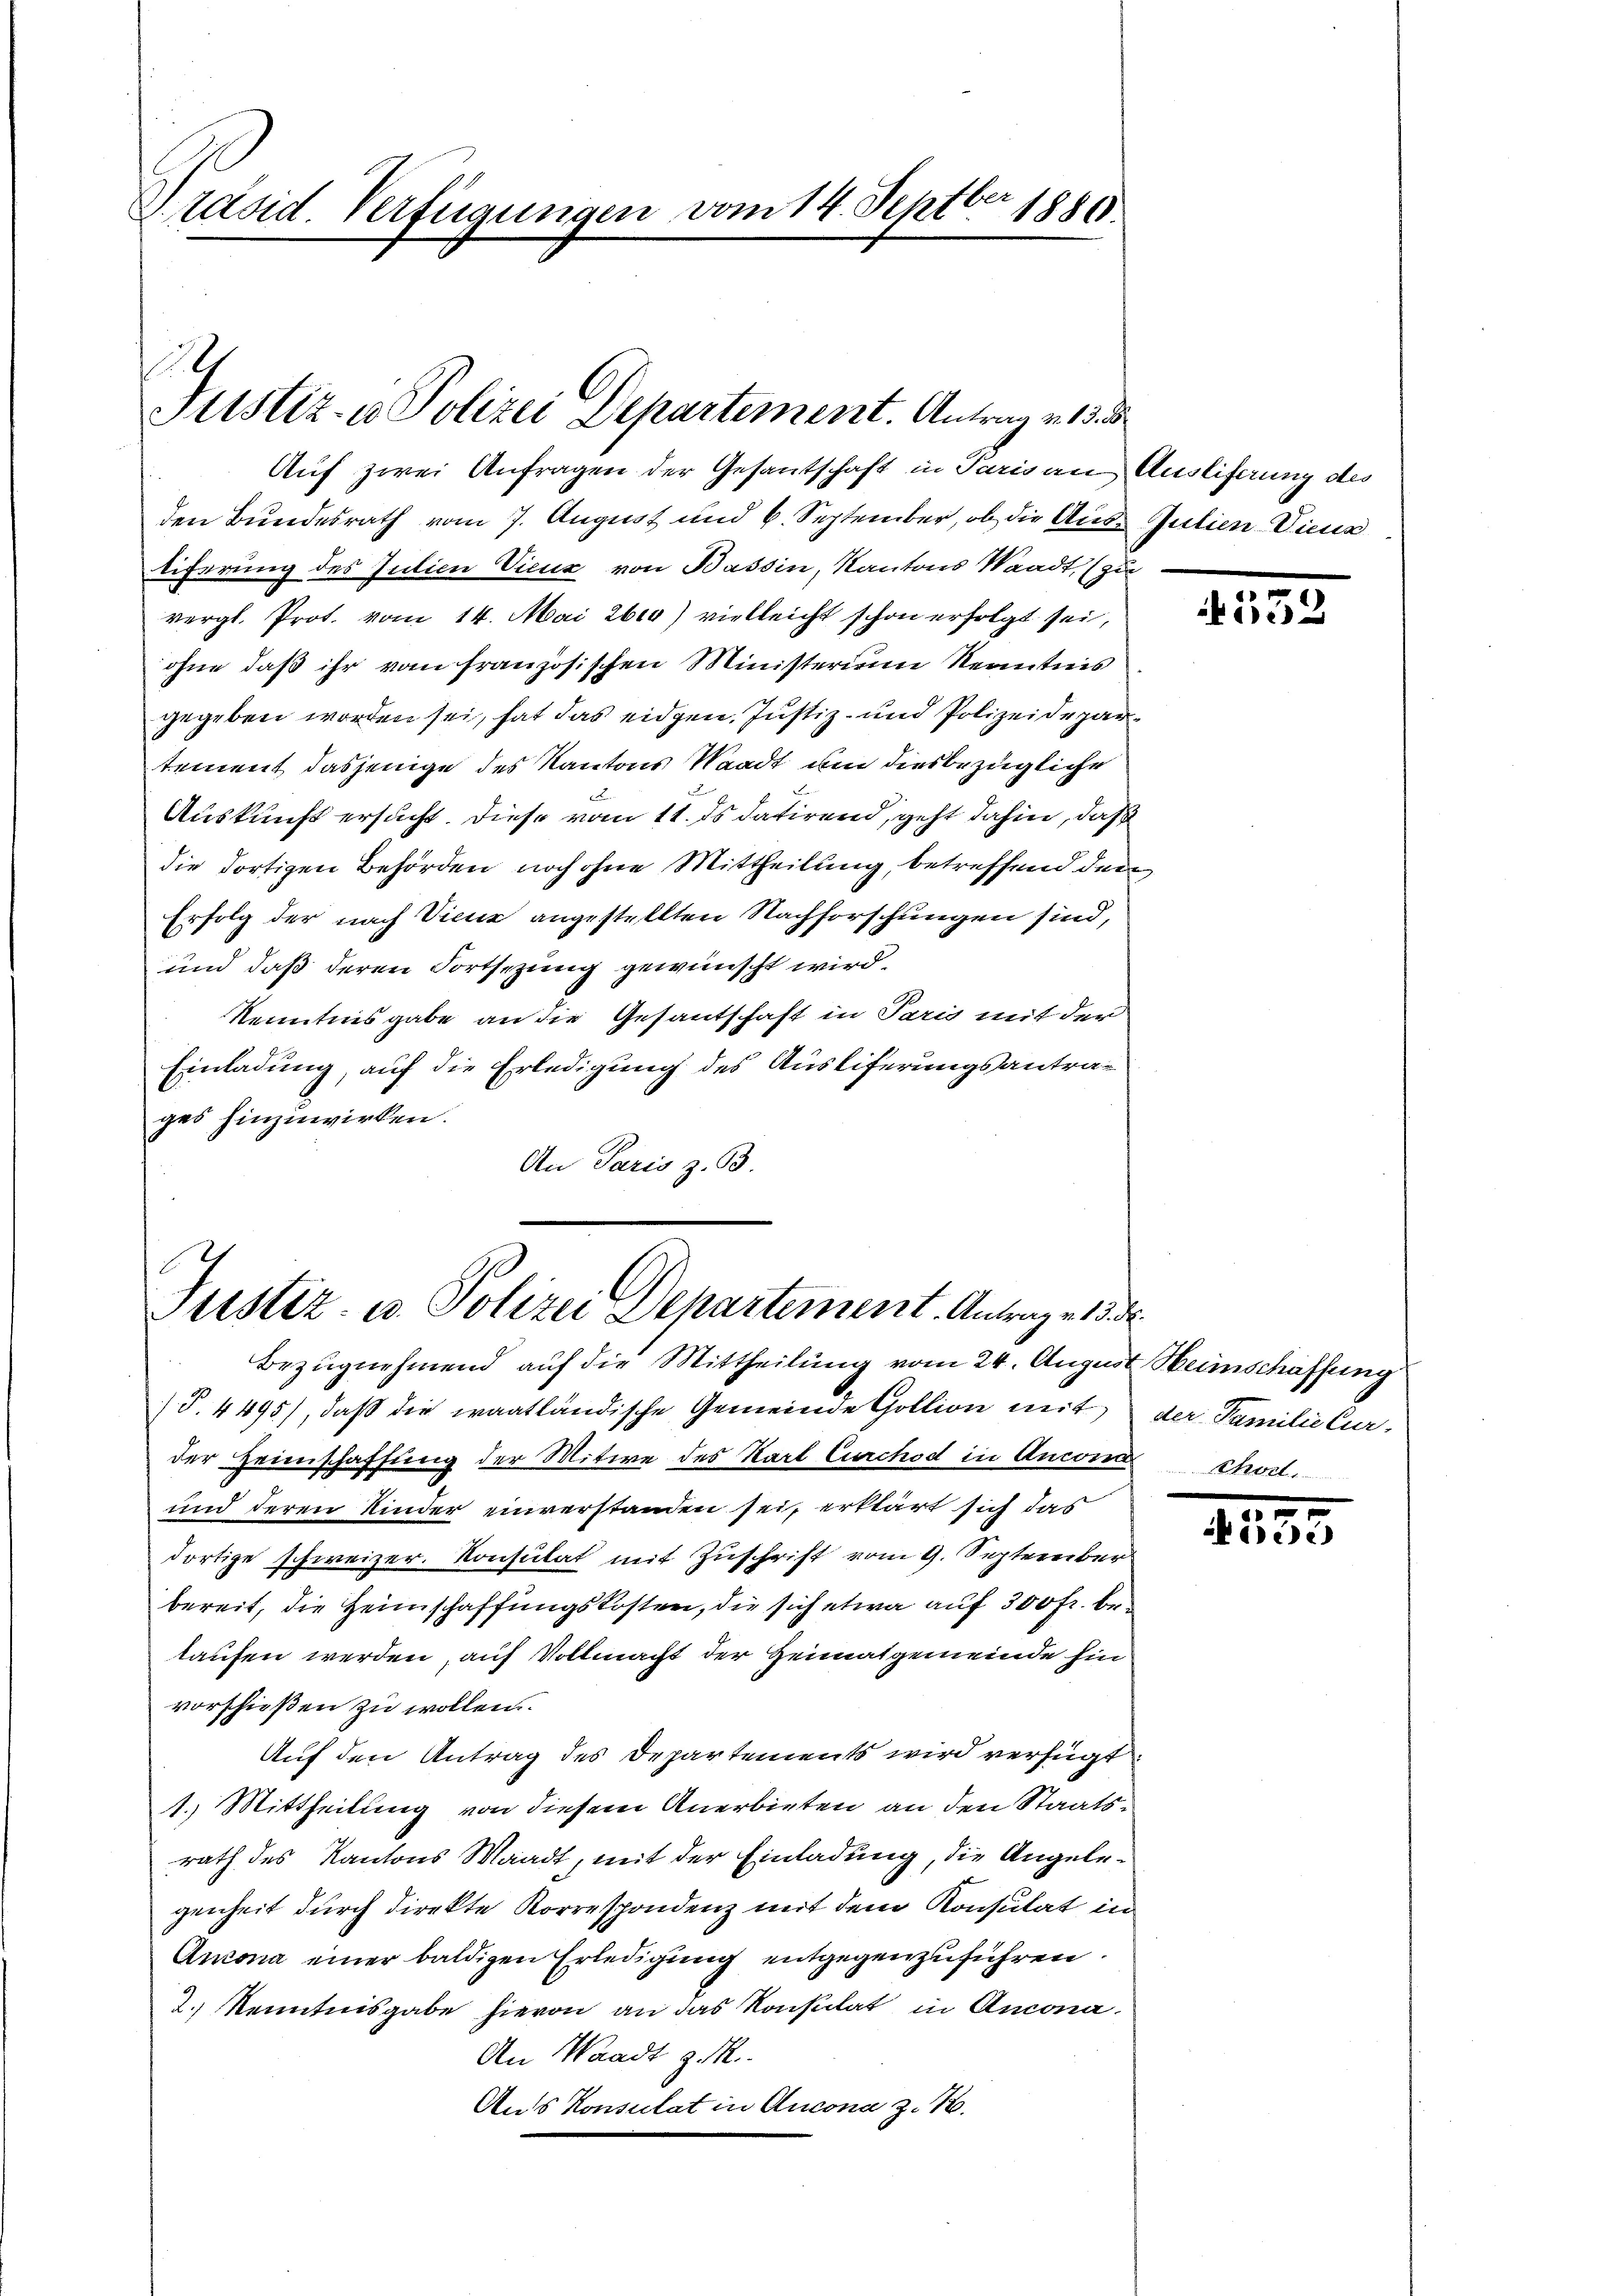
Präsid. Verfügungen vom 14. Septbr 1850.

Auf zwei Anfragen der Gesantschaft in Paris an Ausliferung des
den Bundesrath vom 7. August und 6. September, ob die Aus- Julien-Vica
tiferung des Julieu Vieux von Bassin, Kantons Waadt, (zu
vergl. Prof. vom 14. Mai 2610) vielleicht schon erfolgt sei,
ohne daß ihr vom französischen Ministerium Kenntnis
gegeben worden sei, hat das eidgen. Justiz- und Polizeidepartement dasjenige des Kantons Waadt um diesbezügliche
Auskunft ersucht. Diese vom 11. ds. datirend, geht dahin, daß
die dortigen Behörden noch ohne Mittheilung, betreffend den
Erfolg der nach Vienz angestellten Nachforschungen sind,
und daß deren Fortsezung gewünscht wird.
Kenntnisgabe an die Gesantschaft in Paris mit der
Einladung, auf die Erledigung des Ausliferungsantrages hinzuwirken.
An Paris z. B.

h
Justiz- u Polizei Departement. Antrag v. 13.

Justiz- u. Polizei Departement. Antrage d

Bezugnehmend auf die Mittheilung vom 24. August Heimschaffung
T. 4495), daß die waatländische Gemeinde Goltion mit der Familie Curder Heimschaffung der Mitwe des Karl Curchod in Ancom
und deren Kinder einverstanden sei, erklärt sich das
dortige schweizer. Konsulat mit Zuschrift vom 9. September
bereit, die Heimschaffungskosten, die sich etwa auf 300 fr. belaufen werden, auf Vollmacht der Heimatgemeinde hin
vorschießen zu wollen
Auf den Antrag des Departements wird verfügt:
1. Mittheilung von diesem Anerbieten an den Staatsrath des Kantons Waadt, mit der Einladung, die Angelegenheit durch direkte Korrespondenz mit dem Konsulat in
Anzona einer baldigen Erledigung entgegenzuführen.
. Kenntnisgabe hievon an das Konstitat in Ancona¬
An Waadt z. R.
Aus Konsulat in Aucona z. B.

552

2133